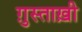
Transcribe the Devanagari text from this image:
ग़ुस्ताख़ी